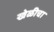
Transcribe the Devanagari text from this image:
खेळीचा